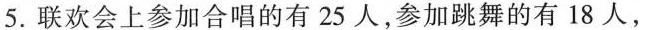
5.联欢会上参加合唱的有25人，参加跳舞的有18人，